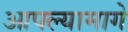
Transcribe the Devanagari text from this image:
आपल्यामागे